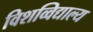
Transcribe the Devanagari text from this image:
विशव्विद्याल्य